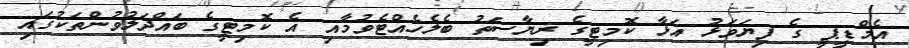
އެމްޑީޕީ ގެ ފިޔަވަޅު އަޅާ ކޮމިޓީގެ ރިޔާސަތު ބެލެހެއްޓެވުމާއި އެ ކޮމިޓީގެ ބައްދަލުވުންތަކުގައި